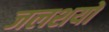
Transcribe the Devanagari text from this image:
जलशयों